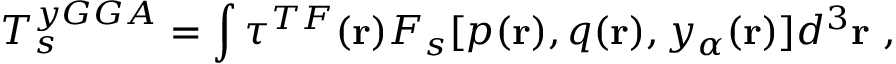
T _ { s } ^ { y G G A } = \int \tau ^ { T F } ( \mathbf { r } ) F _ { s } [ p ( \mathbf { r } ) , q ( \mathbf { r } ) , y _ { \alpha } ( \mathbf { r } ) ] d ^ { 3 } \mathbf { r } \ ,